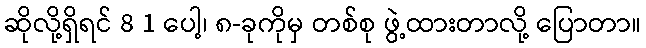
ဆိုလို့ရှိရင် 8 1 ပေါ့၊ ၈-ခုကိုမှ တစ်စု ဖွဲ့ထားတာလို့ ပြောတာ။